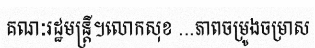
គណៈរដ្ឋមន្ត្រី។លោកសុខ ...ភាពចម្រូងចម្រាស